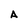
Character: A